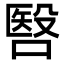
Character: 㗨